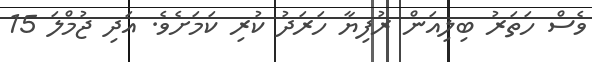
ވެސް ހަތަރު ބިލިއަން ރުފިޔާ ހަރަދު ކުރި ކަމަށެވެ. އަދި ޖުމްލަ 15